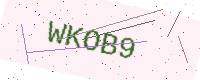
Text: WKOB9